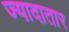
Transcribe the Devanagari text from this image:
ज्‍यादातार